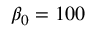
\beta _ { 0 } = 1 0 0